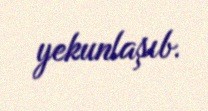
yekunlaşıb.